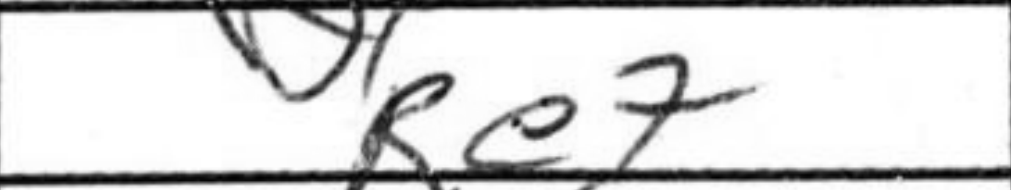
Transcription: Re7